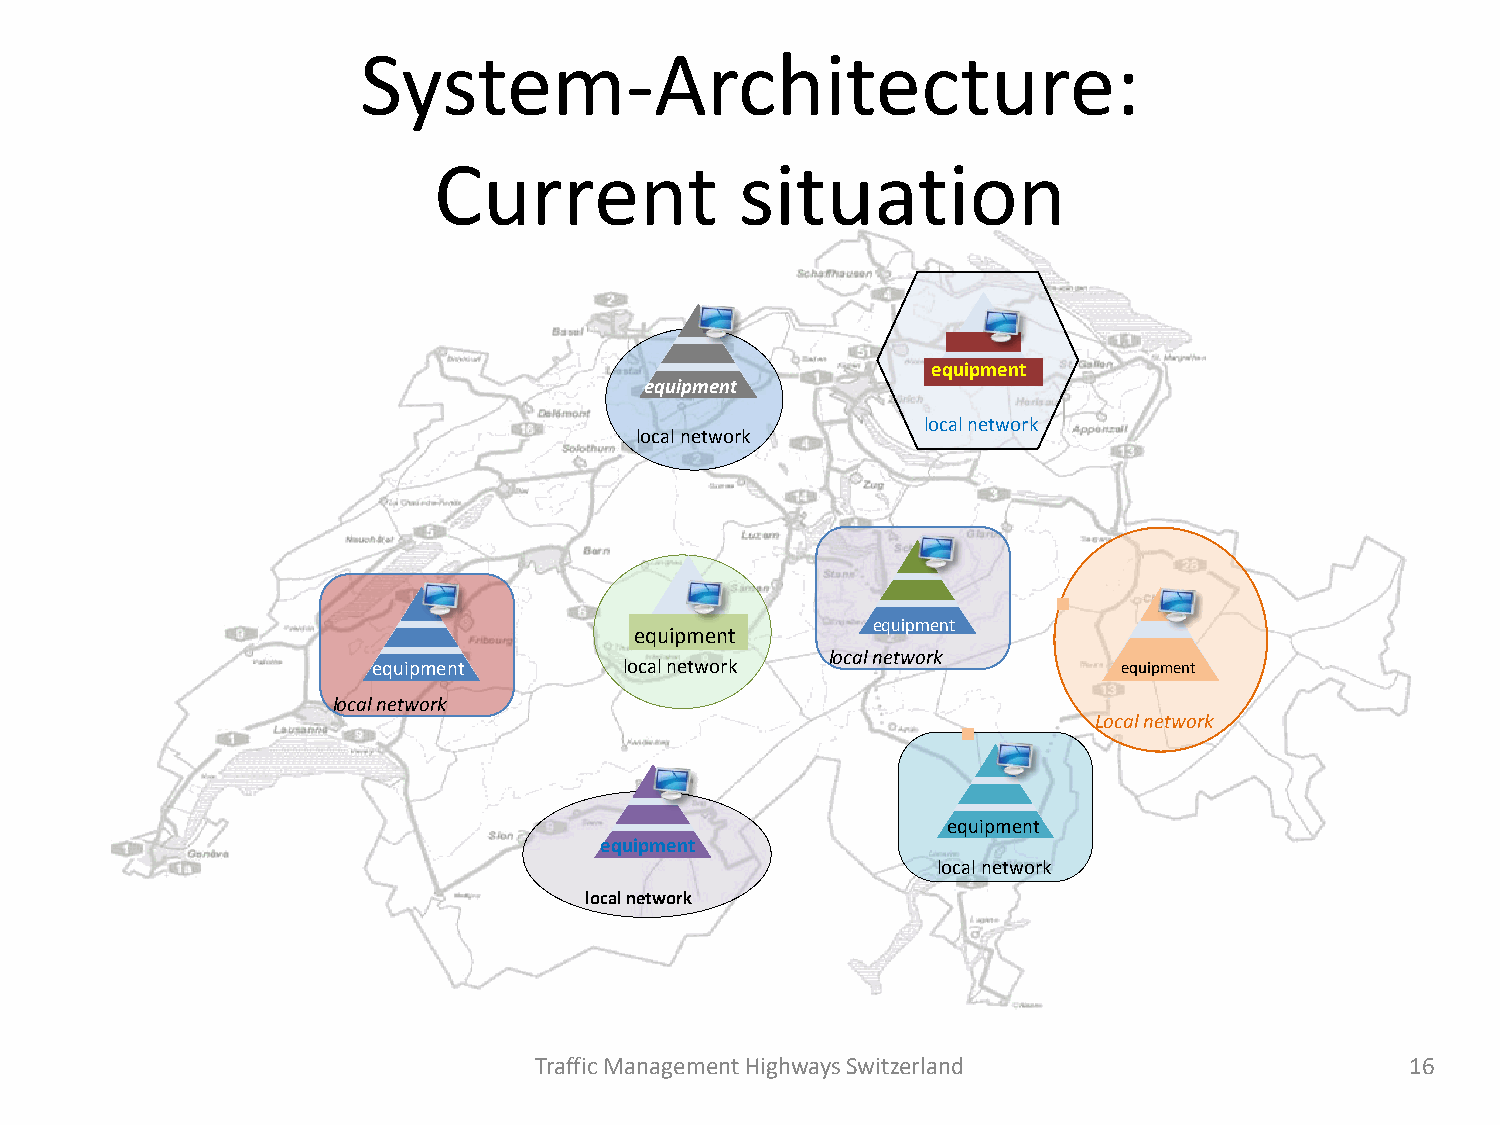
System-Architecture:
 Current             situation
 equipment
 equipment
 local network
 local network
 equipment
 equipment
 local network
 equipment       local network                    equipment
 local network
 Local network
 equipment
 equipment
 local network
 local network
 Traffic Management Highways Switzerland                   16